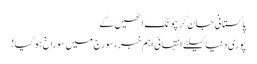
پاکستانی جان کر چونک اٹھیں گے
پوری دنیا کیلئے انتہائی اہم خبر ،سورج میں سوراخ ہو گیا!